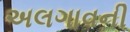
અલગાવની